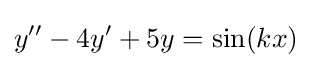
y''-4y'+5y=\sin(kx)